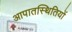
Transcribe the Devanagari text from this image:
आपातस्थितियों